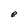
Character: e